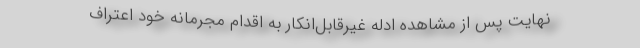
نهایت پس از مشاهده ادله غیرقابل‌انکار به اقدام مجرمانه خود اعتراف